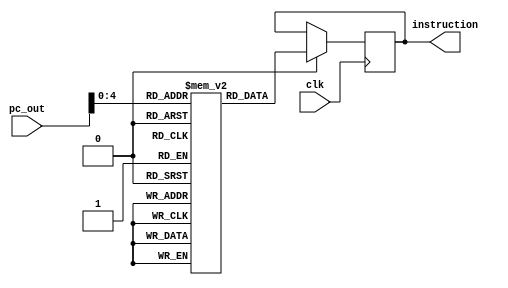
module insmemory(instruction, pc_out, clk);

output reg [31:0] instruction;
input[31:0] pc_out;
input clk;

reg [31:0]insmemory[0:31];
initial begin
    insmemory[0] = 32'b1;
    insmemory[1] = 32'h00000000;
end
always @(posedge clk ) begin
    if(insmem_pc) begin
        instruction <= insmemory[pc_out];
    end
end

endmodule